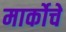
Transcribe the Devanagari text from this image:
मार्कोचे